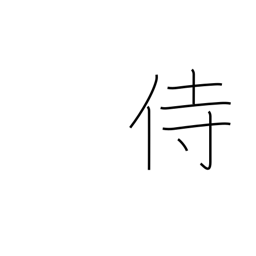
Meaning: serve